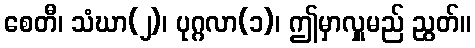
စေတီ၊ သံဃာ(၂)၊ ပုဂ္ဂလာ(၁)၊ ဤမှာလှူမည် ညွတ်။